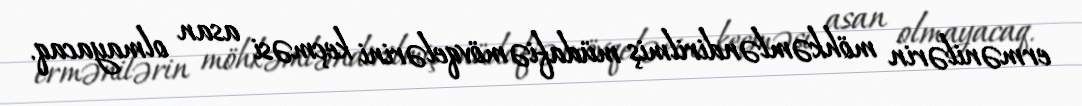
ermənilərin möhkəmləndirilmiş müdafiə mövqelərini keçməsi asan olmayacaq.